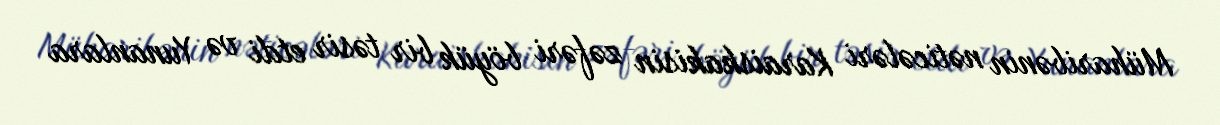
Müharibənin nəticələri Karaiskakisin zəfəri böyük bir təsir etdi və Yunanlara